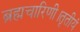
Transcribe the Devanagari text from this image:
ब्रह्मचारिणी।तृतीयं